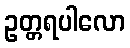
ဥတ္တရပါလော